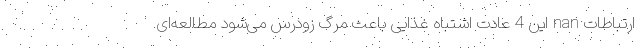
ارتباطات nan این 4 عادت اشتباه غذایی باعث مرگ زودرس می‌شود مطالعه‌ای